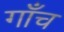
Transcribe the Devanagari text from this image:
गाँच